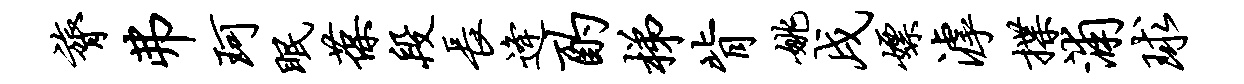
膂弗珂眠葆段长逄酌梯背姚戌嫖滹揲浦球